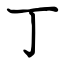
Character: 丁